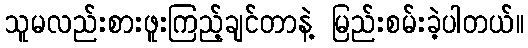
သူမလည်းစားဖူးကြည့်ချင်တာနဲ့ မြည်းစမ်းခဲ့ပါတယ်။